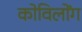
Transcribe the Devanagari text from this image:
कोविलोंग